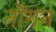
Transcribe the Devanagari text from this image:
तोंगन